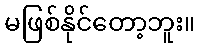
မဖြစ်နိုင်တော့ဘူး။